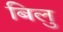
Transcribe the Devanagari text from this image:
बिलु